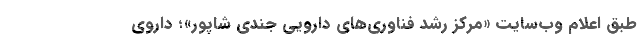
طبق اعلام وب‌سایت «مرکز رشد فناوری‌های دارویی جندی شاپور»؛ داروی